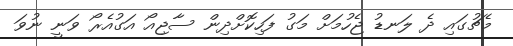
މެޗުގައި ދެ ލަނޑު ޖެހުމަށް މަގު ފަހިކޮށްދިން ސާޖިއޯ އަގުއެރޯ ވަނީ ނުވަ